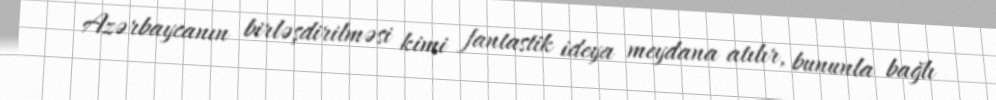
Azərbaycanın birləşdirilməsi kimi fantastik ideya meydana atılır, bununla bağlı